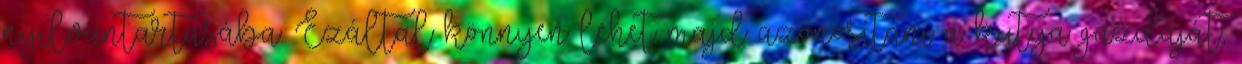
nyilvántartásába. Ezáltal könnyen lehet majd azonosítani a kutya gazdáját,